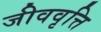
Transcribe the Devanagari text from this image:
जीववृत्ति